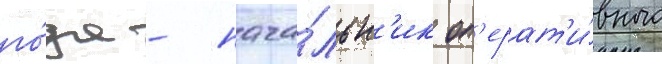
го́да - нача́льн'ик оп'ерат'и́вного